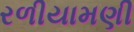
રળીયામણી